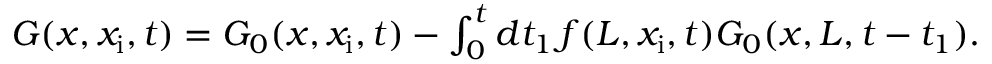
\begin{array} { r } { G ( x , x _ { \mathrm { i } } , t ) = G _ { 0 } ( x , x _ { \mathrm { i } } , t ) - \int _ { 0 } ^ { t } d t _ { 1 } \, f ( L , x _ { \mathrm { i } } , t ) G _ { 0 } ( x , L , t - t _ { 1 } ) . } \end{array}